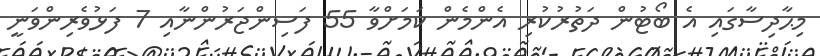
މިޙާދިސާގައި އެ ބޯޓުން ދަތުރުކުރި އެންމެން ކަމަށްވާ 55 ފަސިންޖަރުންނާއި 7 ފަޅުވެރިންވަނީ